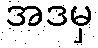
အဒမှ